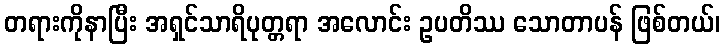
တရားကိုနာပြီး အရှင်သာရိပုတ္တရာ အလောင်း ဥပတိဿ သောတာပန် ဖြစ်တယ်၊